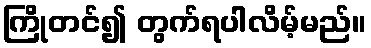
ကြိုတင်၍ တွက်ရပါလိမ့်မည်။